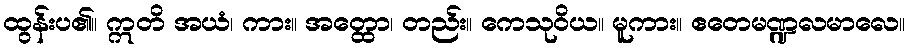
ထွန်းပ၏။ ဣတိ အယံ၊ ကား။ အတ္ထော၊ တည်း။ ကေသုဝိယ။ မူကား။ ဧတေမဏ္ဍလမာလေ။